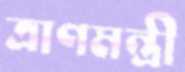
ত্রাণমন্ত্রী